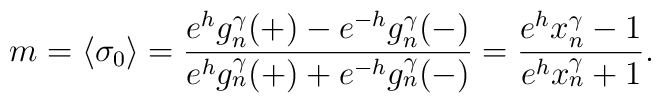
m=\langle \sigma_0 \rangle =\frac {e^hg_n^{\gamma}(+)-e^{-h}g_n^{\gamma}(-)}{e^hg_n^{\gamma}(+)+e^{-h}g_n^{\gamma}(-)}=\frac{e^hx_n^{\gamma}-1}{e^hx_n^{\gamma}+1} .